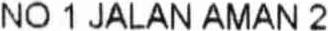
NO 1 JALAN AMAN 2